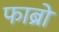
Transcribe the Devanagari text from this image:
फाब्रो